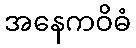
အနေကဝိဓံ